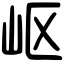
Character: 岖